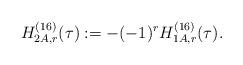
LaTeX: \begin{align*}H^{(16)}_{2A,r}(\tau):=-(-1)^rH^{(16)}_{1A,r}(\tau).\end{align*}